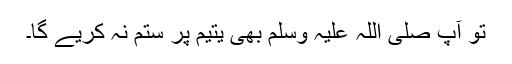
تو آپ صلی اللہ علیہ وسلم بھی یتیم پر ستم نہ کریے گا۔